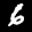
Label: 6